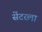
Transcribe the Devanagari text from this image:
सेंटरला